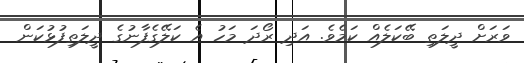
ވަރަށް ދީލަތި ބޭކަލެއް ކަމެވެ. އަދި ރޯދަ މަހު އެ ކަލޭގެފާނުގެ ދީލަތިފުޅުކަން